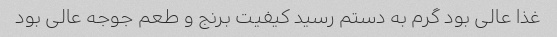
غذا عالی بود گرم به دستم رسید کیفیت برنج و طعم جوجه عالی بود